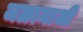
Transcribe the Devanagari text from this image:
जळामाजी